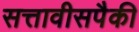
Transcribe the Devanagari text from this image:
सत्तावीसपैकी